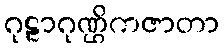
ဂုဠာဂုဏ္ဌိကဇာတာ